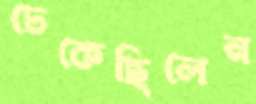
ঢেকেছিলেন